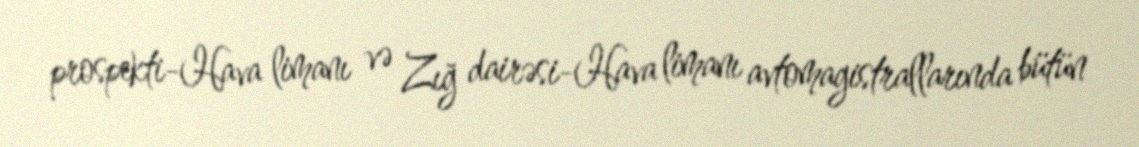
prospekti-Hava limanı və Zığ dairəsi-Hava limanı avtomagistrallarında bütün